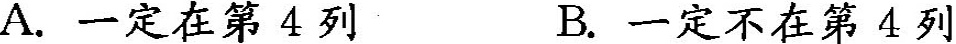
A.一定在第4列B.一定不在第4列